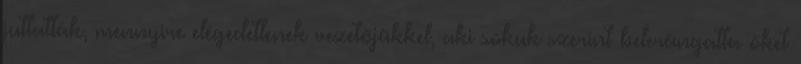
juttatták, mennyire elégedetlenek vezetőjükkel, aki sokuk szerint belerángatta őket